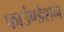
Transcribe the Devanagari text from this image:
फाउंण्डेशन